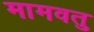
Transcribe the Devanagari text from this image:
मामवतु